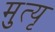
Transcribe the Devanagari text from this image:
मुत्यृ